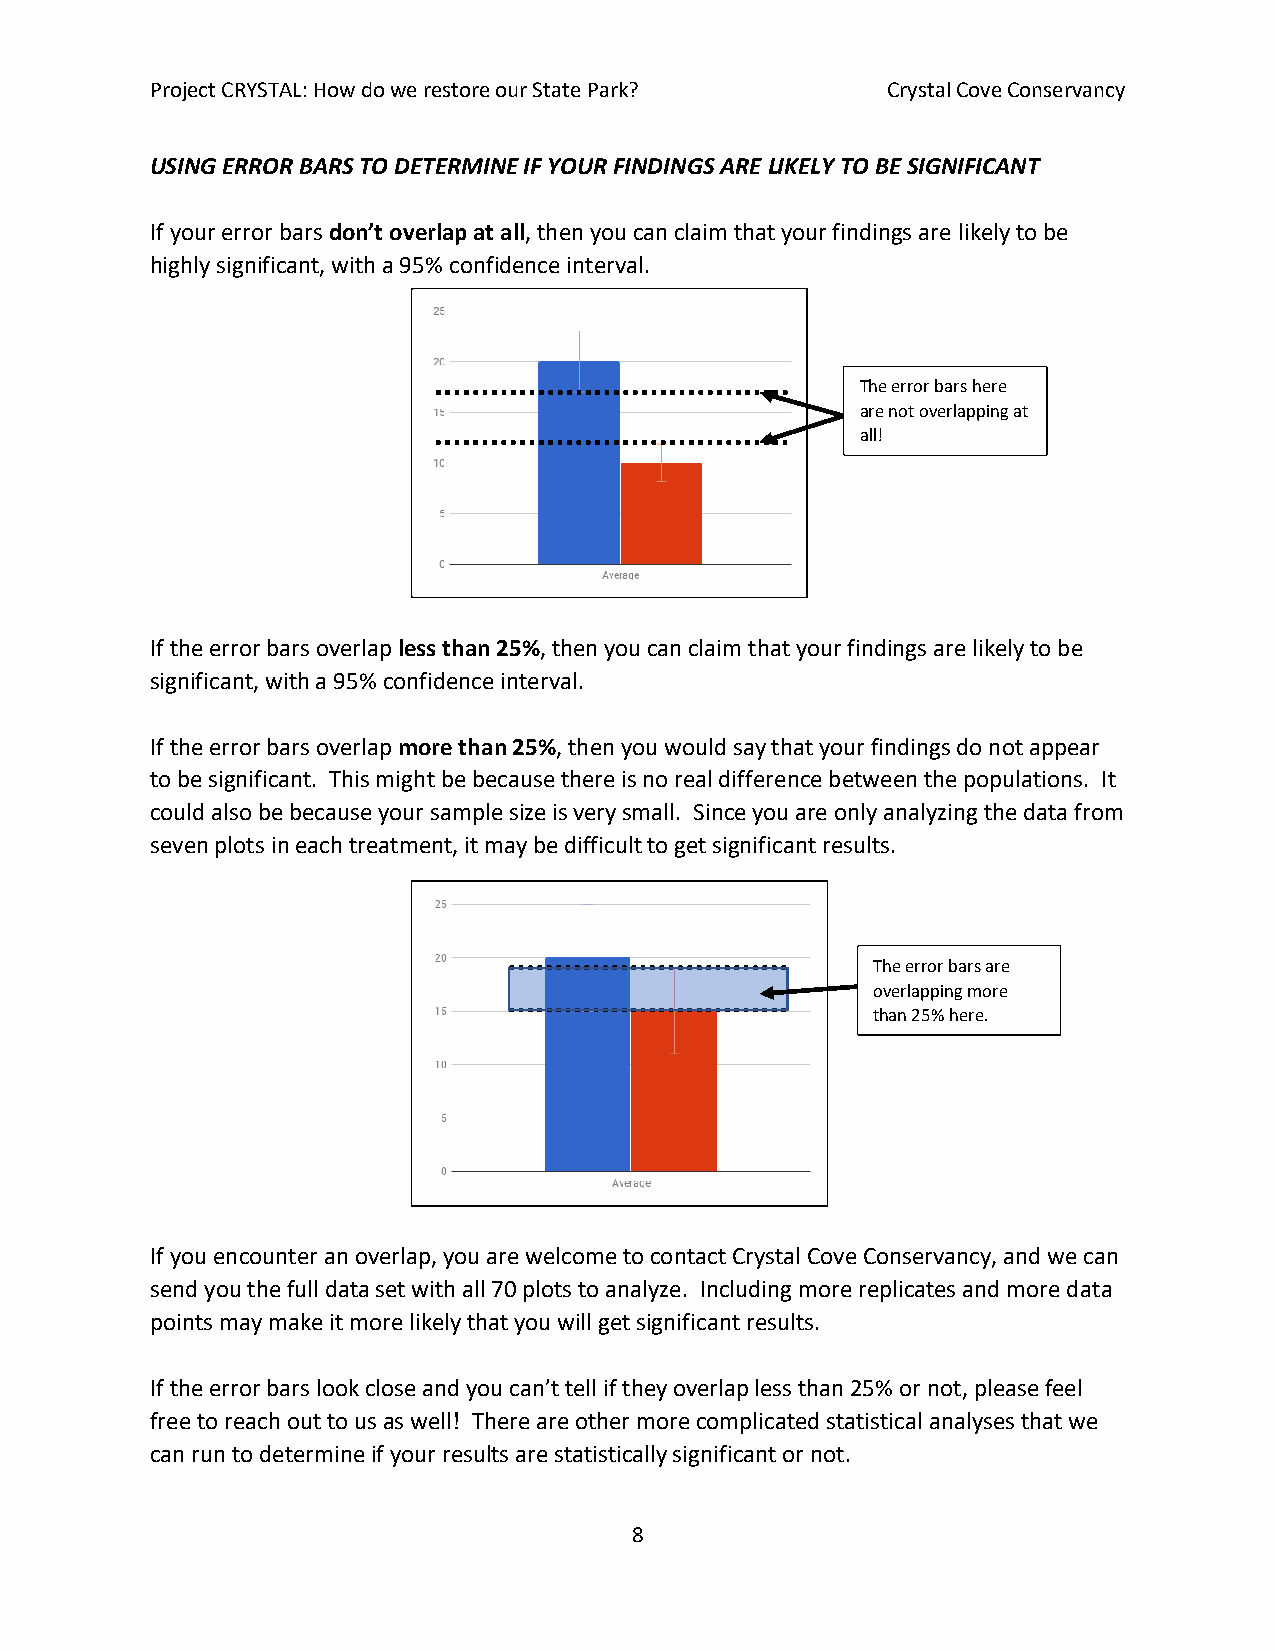
Project CRYSTAL: How do we restore our State Park? Crystal Cove Conservancy
 USING ERROR BARS TO DETERMINE IF YOUR FINDINGS ARE LIKELY TO BE SIGNIFICANT
 If your error bars don’t overlap at all, then you can claim that your findings are likely to be
 highly significant, with a 95% confidence interval.
 The error bars here
 are not overlapping at
 all!
 If the error bars overlap less than 25%, then you can claim that your findings are likely to be
 significant, with a 95% confidence interval.
 If the error bars overlap more than 25%, then you would say that your findings do not appear
 to be significant. This might be because there is no real difference between the populations. It
 could also be because your sample size is very small. Since you are only analyzing the data from
 seven plots in each treatment, it may be difficult to get significant results.
 The error bars are
 overlapping more
 than 25% here.
 If you encounter an overlap, you are welcome to contact Crystal Cove Conservancy, and we can
 send you the full data set with all 70 plots to analyze. Including more replicates and more data
 points may make it more likely that you will get significant results.
 If the error bars look close and you can’t tell if they overlap less than 25% or not, please feel
 free to reach out to us as well! There are other more complicated statistical analyses that we
 can run to determine if your results are statistically significant or not.
 8